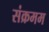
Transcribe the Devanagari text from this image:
संक्रमम